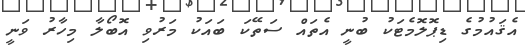
އެޤައުމުގެ ޑިޕޮލޮމެޓަކު ބުނީ އެތައް ސަތޭކަ ބައަކު މަރުވި އޮބޯލާ މިހާރު ވަނީ